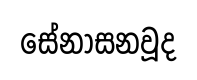
සේනාසනවූද